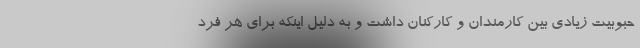
حبوبیت زیادی بین کارمندان و کارکنان داشت و به دلیل اینکه برای هر فرد